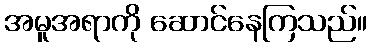
အမူအရာကို ဆောင်နေကြသည်။